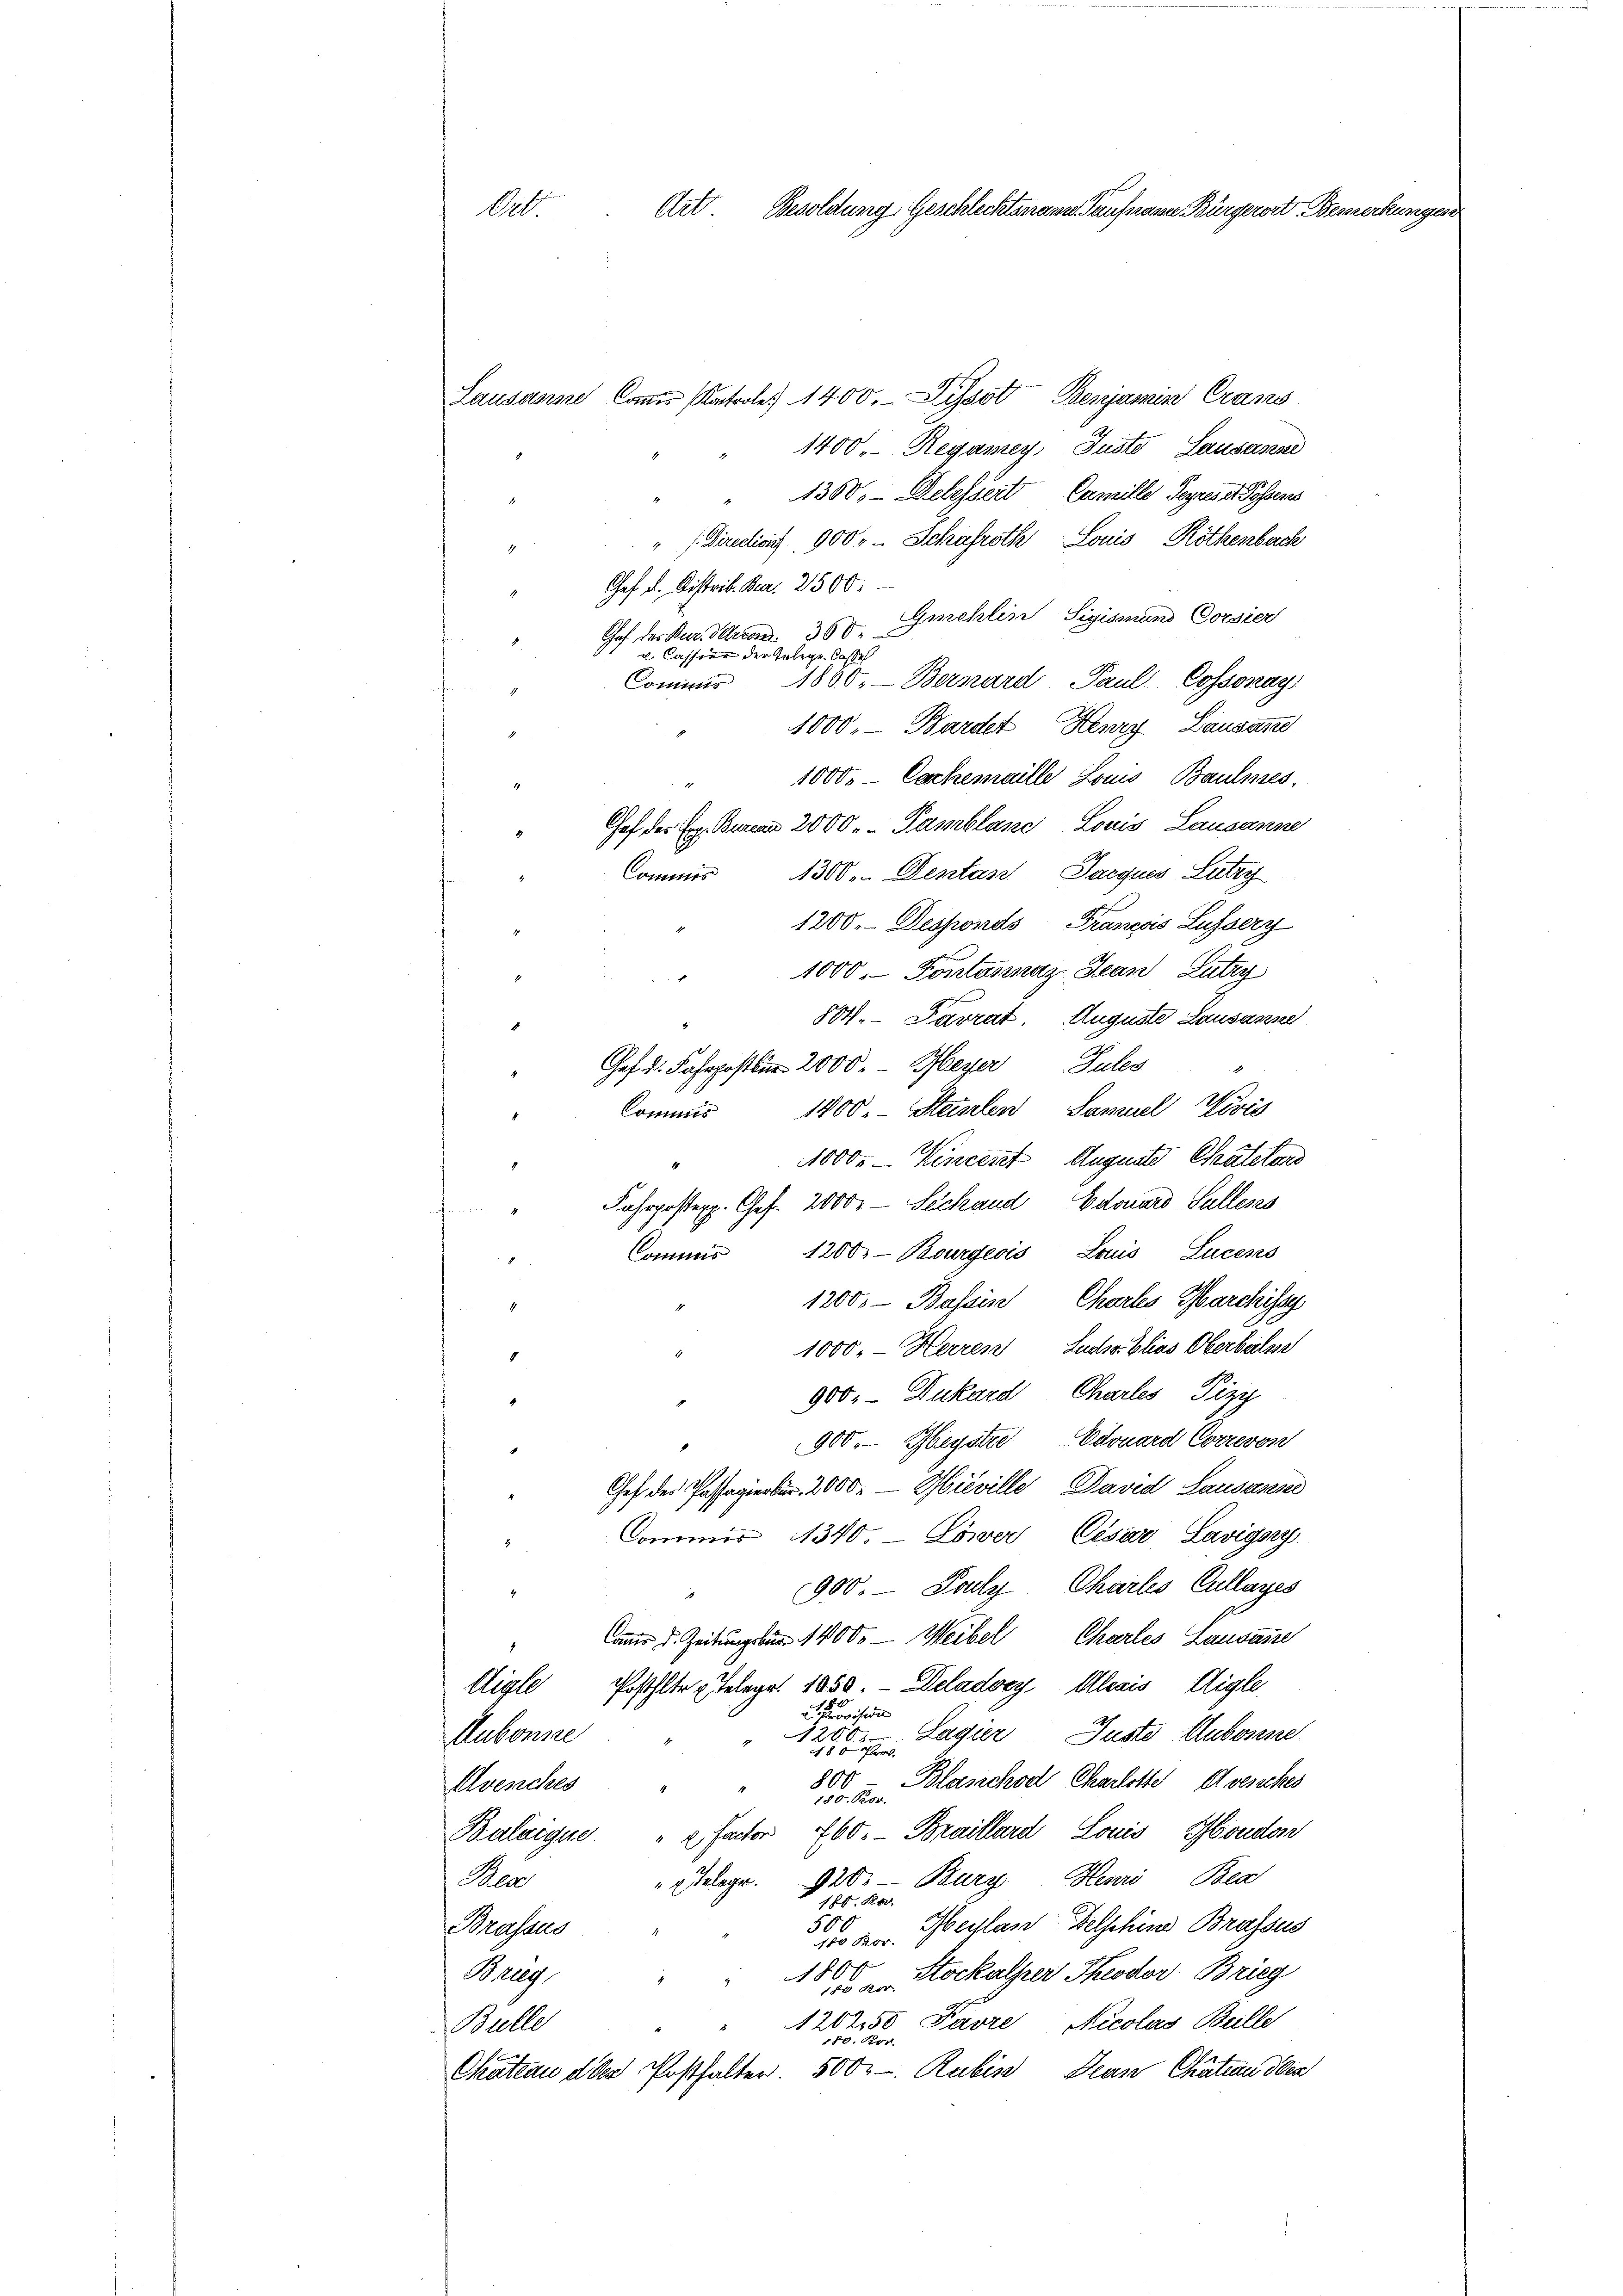
Art Besoldung Geschlechtenann Taufmann Bürgerort Bemerkun
Ort.

Lausanne komms Kontrole 1400. Lissot Benjamin Crans
1400 Regamey, Justo Lausanne
1350, Delessert Camille Gegnete Possens
" Direction 900 " - Schafroth Louis Röthenbach
Chef d. Distrib. Bar. 2500.
Gmehlin Sigismund Corsier
Chef des Bar. Herren 300.
u. Cassien der Telege. Casse
1800. - Bernard Paul Cossonay
Commis
¬
1000, Barder Henry Lausan
10000 - Cachemaille Louis Baules,
Chef des Er. Baran 2000.- Tamblanze Louis, Lausanne
Commis 1300. Dentanz Jacques Lutry
1200. Desponds Franesis Lusserz
1000. Kontasnaz Jean Lutry
804. — Parrat Auguste Lausanne
1
Gef. d. Fahrpostlin 2000. Meyer Sules
1800. - Steinlen, Samuel Wivis
Commis
.
1000. - Vincent Auguste Chatelord
Fahrposten. Ges. 2000. - Sechand Edouard Salless
1200.- Bourgeois Louis Lucens
Commis
1200. - Bassin Chartes Marchiss
1000. - Herren Lucia Elias Oberbalsse
900. - Dukard Charles Pizy
900.- Gbeystre Edouard Correvon
Ges. des Passagierter 2000.— Muville David Lausanne
Commis 1340. Löwer Cesar Lavigny
900. Pouly, Charles Cullages
Camer u. Zeitung für 1400.- Weibel Charles Lausaire
Posthalter Telege. 1850. - Deladey, Alexis Aigle
Halle
Provision
1200 Lagier Justo Aubonne
Aubonne
15 x
800 - Blaschon Charlotte Avenches
Avenches
180. Febr.
Balaigue " " Factor 760. Braillard Louis Moudon
" Telegr. 20. Burg. Henri Bea
Bes
180. R.
Meulan Delphine Brassus
50
Brassus
100 Ror
1800
Stockalper Theodor Brieg
Mang
180 Kor
120250 Pavre, Nicolas Beille
Bulle
180. For
Chateau der Posthalter. 500.- Rubis Jean Chaten oben